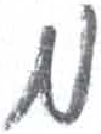
אות: מ